Rangoon Lunatic Asylum 1898-1906 - 1898-1906
Year: 1898
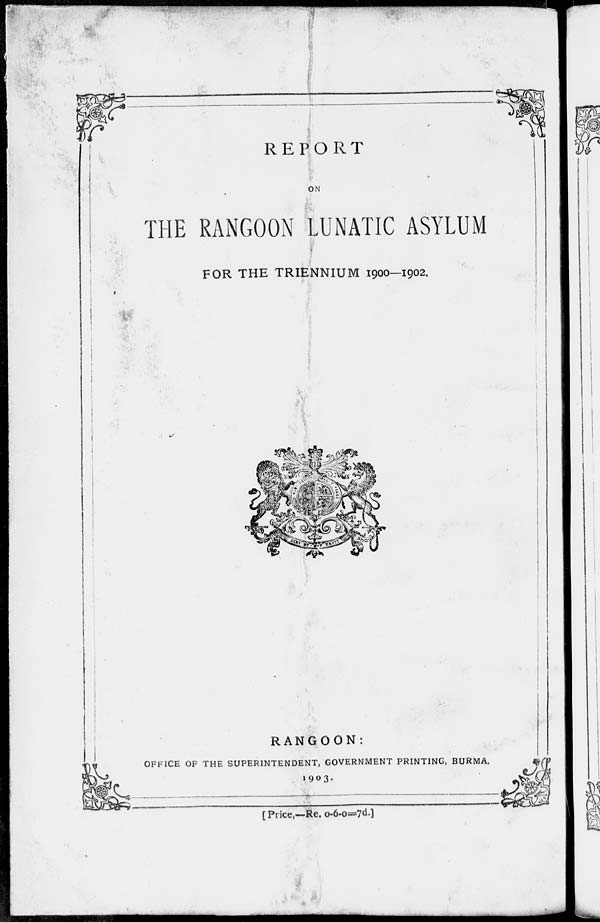
REPORT
ON
THE RANGOON LUNATIC ASYLUM
FOR THE TRIENNIUM 1900—1902.
RANGOON:
OFFICE OF THE SUPERINTENDENT, GOVERNMENT PRINTING, BURMA.
1903.
[Price,—Re. 0-6-0=7d.]